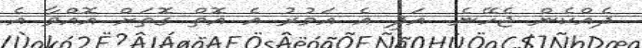
ދެއްކެން ޖެހޭނެ. އަދި އެ އަމުރު އެ އޮތް ގޮތަށް އޮއްވާ އެ